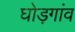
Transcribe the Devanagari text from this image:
घोड़गांव